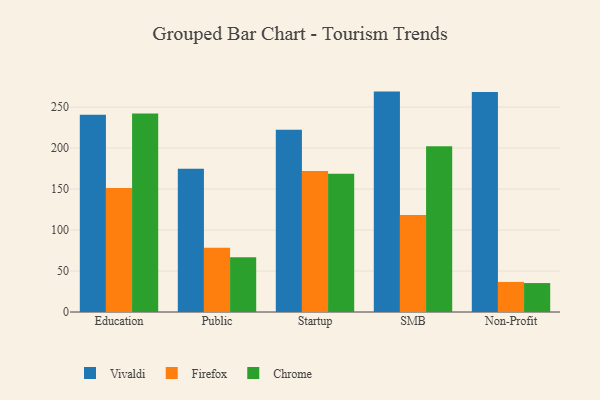
{"axis": {"x": "Segment", "y": "Population (Million)"}, "legend": ["Chrome", "Firefox", "Vivaldi"], "data": [{"x": "Education", "y": 240.6, "type": "Vivaldi"}, {"x": "Education", "y": 151.2, "type": "Firefox"}, {"x": "Education", "y": 242.1, "type": "Chrome"}, {"x": "Public", "y": 174.9, "type": "Vivaldi"}, {"x": "Public", "y": 78.4, "type": "Firefox"}, {"x": "Public", "y": 66.8, "type": "Chrome"}, {"x": "Startup", "y": 222.5, "type": "Vivaldi"}, {"x": "Startup", "y": 171.9, "type": "Firefox"}, {"x": "Startup", "y": 168.8, "type": "Chrome"}, {"x": "SMB", "y": 268.9, "type": "Vivaldi"}, {"x": "SMB", "y": 118.2, "type": "Firefox"}, {"x": "SMB", "y": 202.2, "type": "Chrome"}, {"x": "Non-Profit", "y": 268.5, "type": "Vivaldi"}, {"x": "Non-Profit", "y": 36.7, "type": "Firefox"}, {"x": "Non-Profit", "y": 35.3, "type": "Chrome"}]}